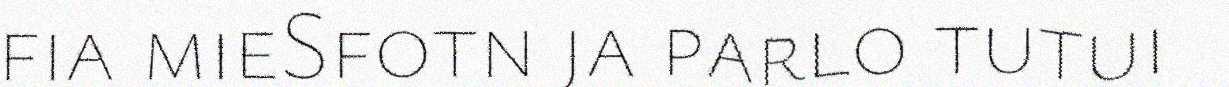
fia mieSfotn ja parlo tutui